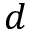
d